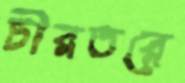
চীরতরে